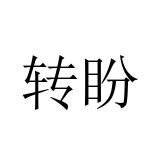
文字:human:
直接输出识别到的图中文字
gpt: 转盼